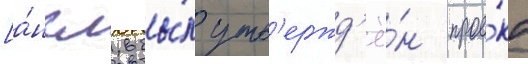
[а́нгл. бы́л утв'ержд'ё́н прое́кт